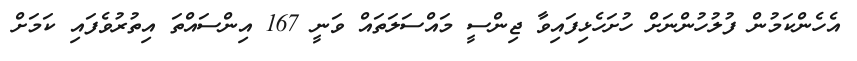
އެހެންކަމުން ފުލުހުންނަށް ހުށަހެޅިފައިވާ ޖިންސީ މައްސަލަތައް ވަނީ 167 އިންސައްތަ އިތުރުވެފައި ކަމަށް